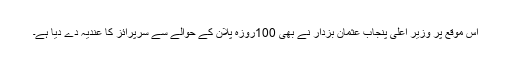
اس موقع پر وزیر اعلیٰ پنجاب عثمان بزدار نے بھی 100روزہ پلان کے حوالے سے سرپرائز کا عندیہ دے دیا ہے۔